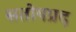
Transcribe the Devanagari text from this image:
सतोषप्रद